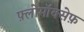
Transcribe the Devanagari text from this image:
फ़्लोमॉक्सेफ़